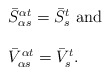
\begin{align*} \begin{array}{l}\bar{S}^{\alpha t}_{\alpha s} =\bar{S}^{t}_{s} \mbox{ and } \\\\\bar{V}^{\alpha t}_{\alpha s} =\bar{V}^{t}_{s}.\end{array}\end{align*}